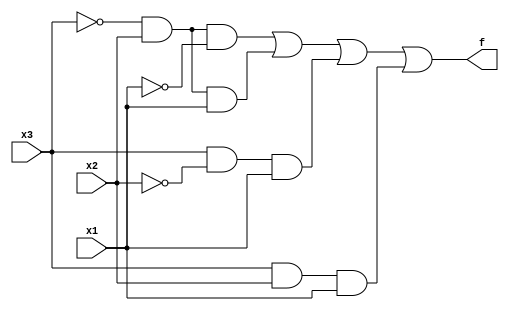
//Truthtable 
/**
one way to describe 
the behaviour of a combinational function 
is to explicitly list what the output 
should be for every possible value of the inputs. 
This is a truth table. 

N2 ^ N 
**/

module top_module( 
    input x3,
    input x2,
    input x1,  // three inputs
    output f   // one output
);
    assign f = (~x3 && x2 && ~x1) || (~x3 && x2 && x1) || (x3 && ~x2 && x1) || (x3 && x2 && x1);


endmodule